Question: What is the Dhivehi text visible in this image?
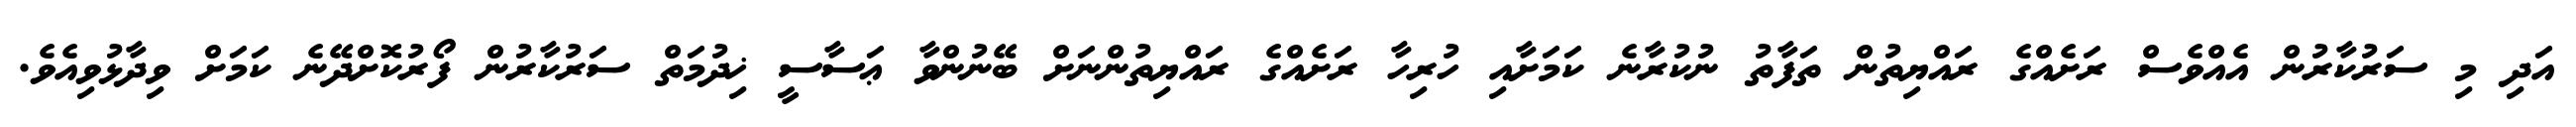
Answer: އަދި މި ސަރުކާރުން އެއްވެސް ރަށެއްގެ ރައްޔިތުން ތަފާތު ނުކުރާނެ ކަމަށާއި ހުރިހާ ރަށެއްގެ ރައްޔިތުންނަށް ބޭނުންވާ ޢަސާސީ ޚިދުމަތް ސަރުކާރުން ފޯރުކޮށްދޭނެ ކަމަށް ވިދާޅުވިއެވެ.